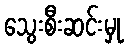
သွေးစီးဆင်းမှု